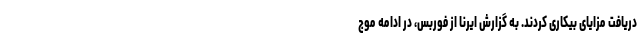
دریافت مزایای بیکاری کردند. به گزارش ایرنا از فوربس، در ادامه موج